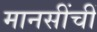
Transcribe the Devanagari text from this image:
मानसींचीं